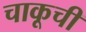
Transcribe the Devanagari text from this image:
चाकूची